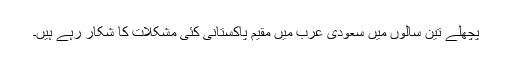
پچھلے تین سالوں میں سعودی عرب میں مقیم پاکستانی کئی مشکلات کا شکار رہے ہیں۔